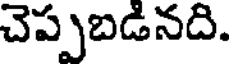
చెప్పబడినది.